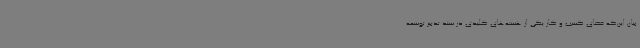
بیان این‌که فضای کسب و کار یکی از هسته‌های کلیدی در سند تدبیر توسعه